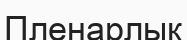
Пленарлық